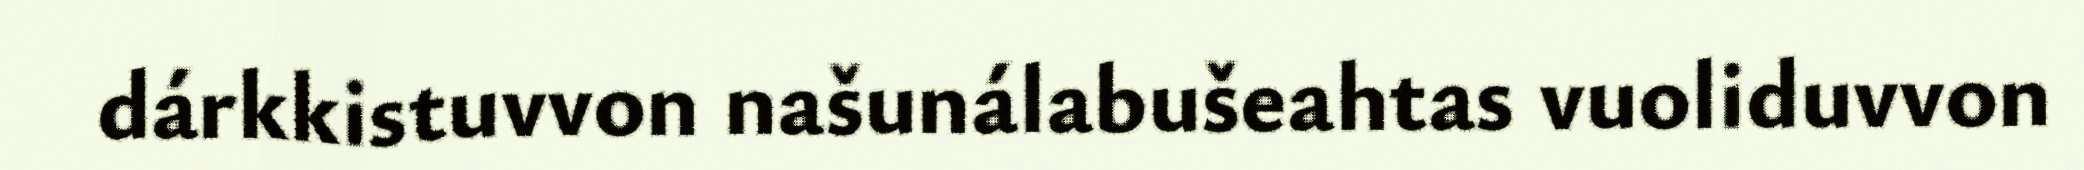
dárkkistuvvon našunálabušeahtas vuoliduvvon